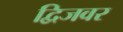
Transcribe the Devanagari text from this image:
द्विजवर